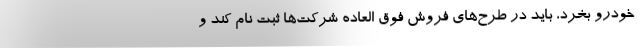
خودرو بخرد، باید در طرح‌های فروش فوق العاده شرکت‌ها ثبت نام کند و